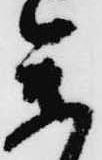
参